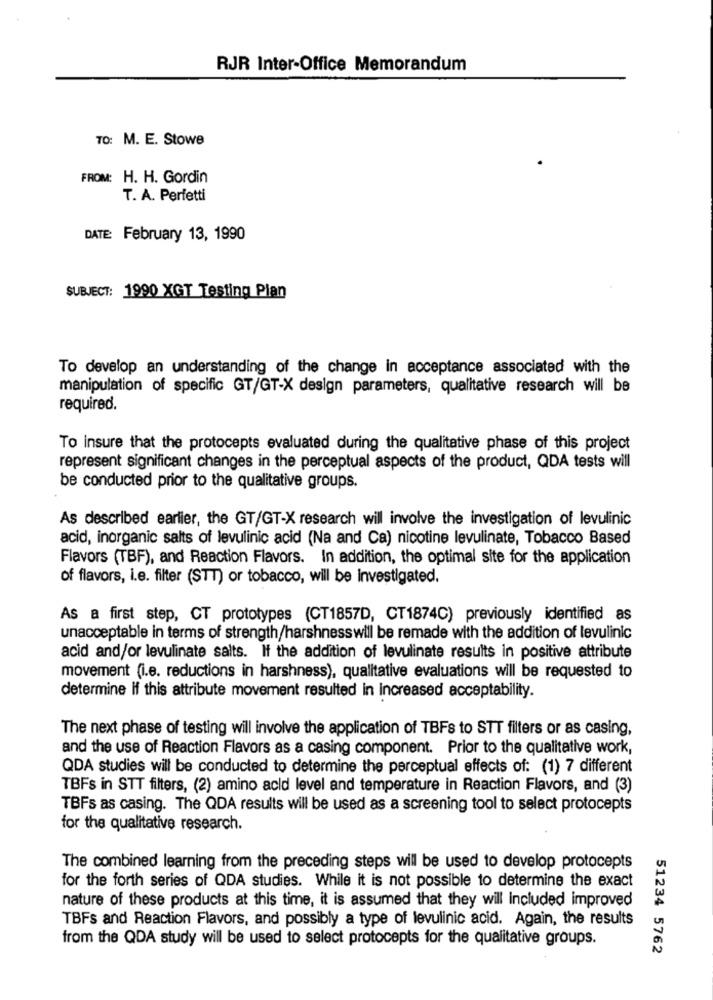
RJR Inter-Office Memorandum
TO: M. E. Stowe
FROM: H. H. Gordin
T. A. Perfetti
DATE: February 13, 1990
SUBJECT: 1990 XGT Testing Plan
To develop an understanding of the change in acceptance associated with the
manipulation of specific GT/GT-X design parameters, qualitative research will be
required.
To Insure that the protocepts evaluated during the qualitative phase of this project
represent significant changes in the perceptual aspects of the product, QDA tests will
be conducted prior to the qualitative groups.
As described earlier, the GT/GT-X research will involve the investigation of levulinic
acid, inorganic salts of levulinic acid (Na and Ca) nicotine levulinate, Tobacco Based
Flavors (TBF), and Reaction Flavors. In addition, the optimal site for the application
of flavors, i.e. filter (STT) or tobacco, will be investigated.
As a first step, CT prototypes (CT1857D, CT1874C) previously identified as
unacceptable in terms of strength/harshnesswill be remade with the addition of levulinic
acid and/or levulinate salts. If the addition of levulinate results in positive attribute
movement (i.e. reductions in harshness), qualitative evaluations will be requested to
determine if this attribute movement resulted in increased acceptability.
The next phase of testing will involve the application of TBFs to STT filters or as casing,
and the use of Reaction Flavors as a casing component. Prior to the qualitative work,
QDA studies will be conducted to determine the perceptual effects of: (1) 7 different
TBFs in STT filters, (2) amino acid level and temperature in Reaction Flavors, and (3)
TBFs as casing. The QDA results will be used as a screening tool to select protocepts
for the qualitative research.
The combined learning from the preceding steps will be used to develop protocepts
for the forth series of QDA studies. While it is not possible to determine the exact
nature of these products at this time, it is assumed that they will Included improved
TBFs and Reaction Flavors, and possibly a type of levulinic acid. Again, the results
from the QDA study will be used to select protocepts for the qualitative groups.
51234 5762